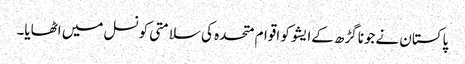
پاکستان نےجونا گڑھ کےایشو کو اقوام متحدہ کی سلامتی کونسل میں اٹھایا۔